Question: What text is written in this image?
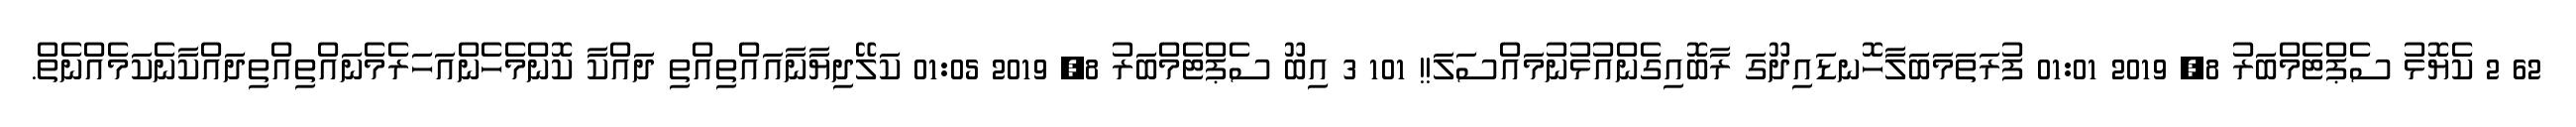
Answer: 62 2 ކެޔޮޅު ސެޕްޓެމްބަރު 8, 2019 01:01 ފުރަތަމަބަލާހޮނޑައިދޫގަ ރާބޮއިގެންއުޅުނުމައްސަލަ!! 101 3 އިބޫ ސެޕްޓެމްބަރު 8, 2019 01:05 ކަލޭދިޔާނާއައްތިއްތި ދައްކާ ކޮންމެހެންއަހަރެމެނައްތިއްތިދައްކާނެކަމެއްނެތް.